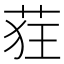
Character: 𫈃